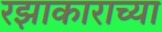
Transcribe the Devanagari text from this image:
रझाकाराच्या